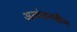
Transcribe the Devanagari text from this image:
अत्यंतनवीन